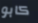
كابو